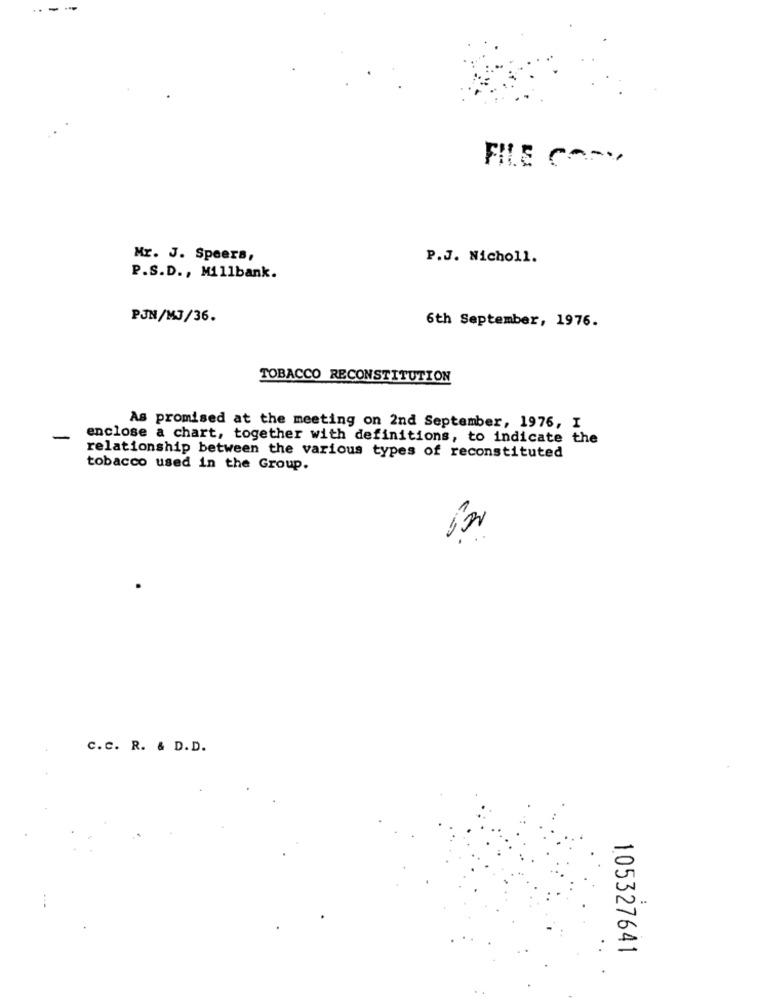
..-.
-
Mr. J. Speers,
P.J. Nicholl.
P.S.D ., Millbank.
PJN/MJ/36.
6th September, 1976.
TOBACCO RECONSTITUTION
As promised at the meeting on 2nd September, 1976, I
-
enclose a chart, together with definitions, to indicate the
relationship between the various types of reconstituted
tobacco used in the Group.
C.C. R. & D.D.
105327641